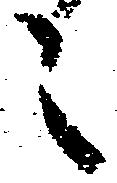
こ